Indian journal of veterinary science and animal husbandry - Volume 11,
Year: 1941
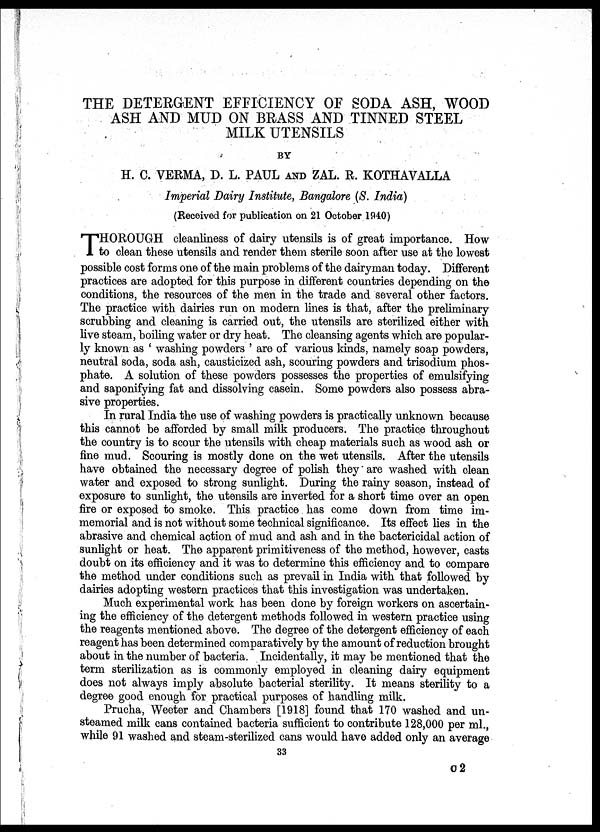
THE DETERGENT EFFICIENCY OF SODA ASH, WOOD
ASH AND MUD ON BRASS AND TINNED STEEL
MILK UTENSILS
BY
H. C. VERMA, D. L. PAUL AND ZAL. R. KOTHAVALLA
Imperial Dairy Institute, Bangalore (S. India)
(Received for publication on 21 October 1940)
T HOROUGH cleanliness of dairy utensils is of great importance. How
to clean these utensils and render them sterile soon after use at the lowest
possible cost forms one of the main problems of the dairyman today. Different
practices are adopted for this purpose in different countries depending on the
conditions, the resources of the men in the trade and several other factors.
The practice with dairies run on modern lines is that, after the preliminary
scrubbing and cleaning is carried out, the utensils are sterilized either with
live steam, boiling water or dry heat. The cleansing agents which are popular-
ly known as ' washing powders ' are of various kinds, namely soap powders,
neutral soda, soda ash, causticized ash, scouring powders and trisodium phos-
phate. A solution of these powders possesses the properties of emulsifying
and saponifying fat and dissolving casein. Some powders also possess abra-
sive properties.
In rural India the use of washing powders is practically unknown because
this cannot be afforded by small milk producers. The practice throughout
the country is to scour the utensils with cheap materials such as wood ash or
fine mud. Scouring is mostly done on the wet utensils. After the utensils
have obtained the necessary degree of polish they are washed with clean
water and exposed to strong sunlight. During the rainy season, instead of
exposure to sunlight, the utensils are inverted for a short time over an open
fire or exposed to smoke. This practice has come down from time im-
memorial and is not without some technical significance. Its effect lies in the
abrasive and chemical action of mud and ash and in the bactericidal action of
sunlight or heat. The apparent primitiveness of the method, however, casts
doubt on its efficiency and it was to determine this efficiency and to compare
the method under conditions such as prevail in India with that followed by
dairies adopting western practices that this investigation was undertaken.
Much experimental work has been done by foreign workers on ascertain-
ing the efficiency of the detergent methods followed in western practice using
the reagents mentioned above. The degree of the detergent efficiency of each
reagent has been determined comparatively by the amount of reduction brought
about in the number of bacteria. Incidentally, it may be mentioned that the
term sterilization as is commonly employed in cleaning dairy equipment
does not always imply absolute bacterial sterility. It means sterility to a
degree good enough for practical purposes of handling milk.
Prucha, Weeter and Chambers [1918] found that 170 washed and un¬
steamed milk cans contained bacteria sufficient to contribute 128,000 per ml.,
while 91 washed and steam-sterilized cans would have added only an average
33
C 2